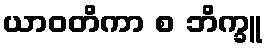
ယာဝတိကာ စ ဘိက္ခူ